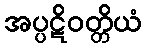
အပ္ပဋိဝတ္တိယံ